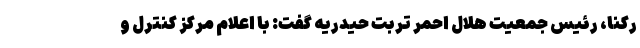
رکنا، رئیس جمعیت هلال احمر تربت حیدریه گفت: با اعلام مرکز کنترل و